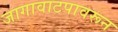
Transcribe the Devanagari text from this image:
जागावाटपावरून